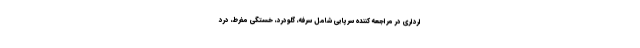
ارداری در مراجعه کننده سرپایی شامل سرفه، گلودرد، خستگی مفرط، درد